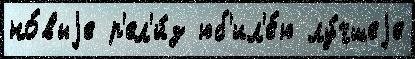
но́выjе р'ел'и́з юб'ил'е́ю лу́чшеjе